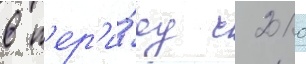
в п'ер'и́од с 2010